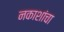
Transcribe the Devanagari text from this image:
नकाशांचा